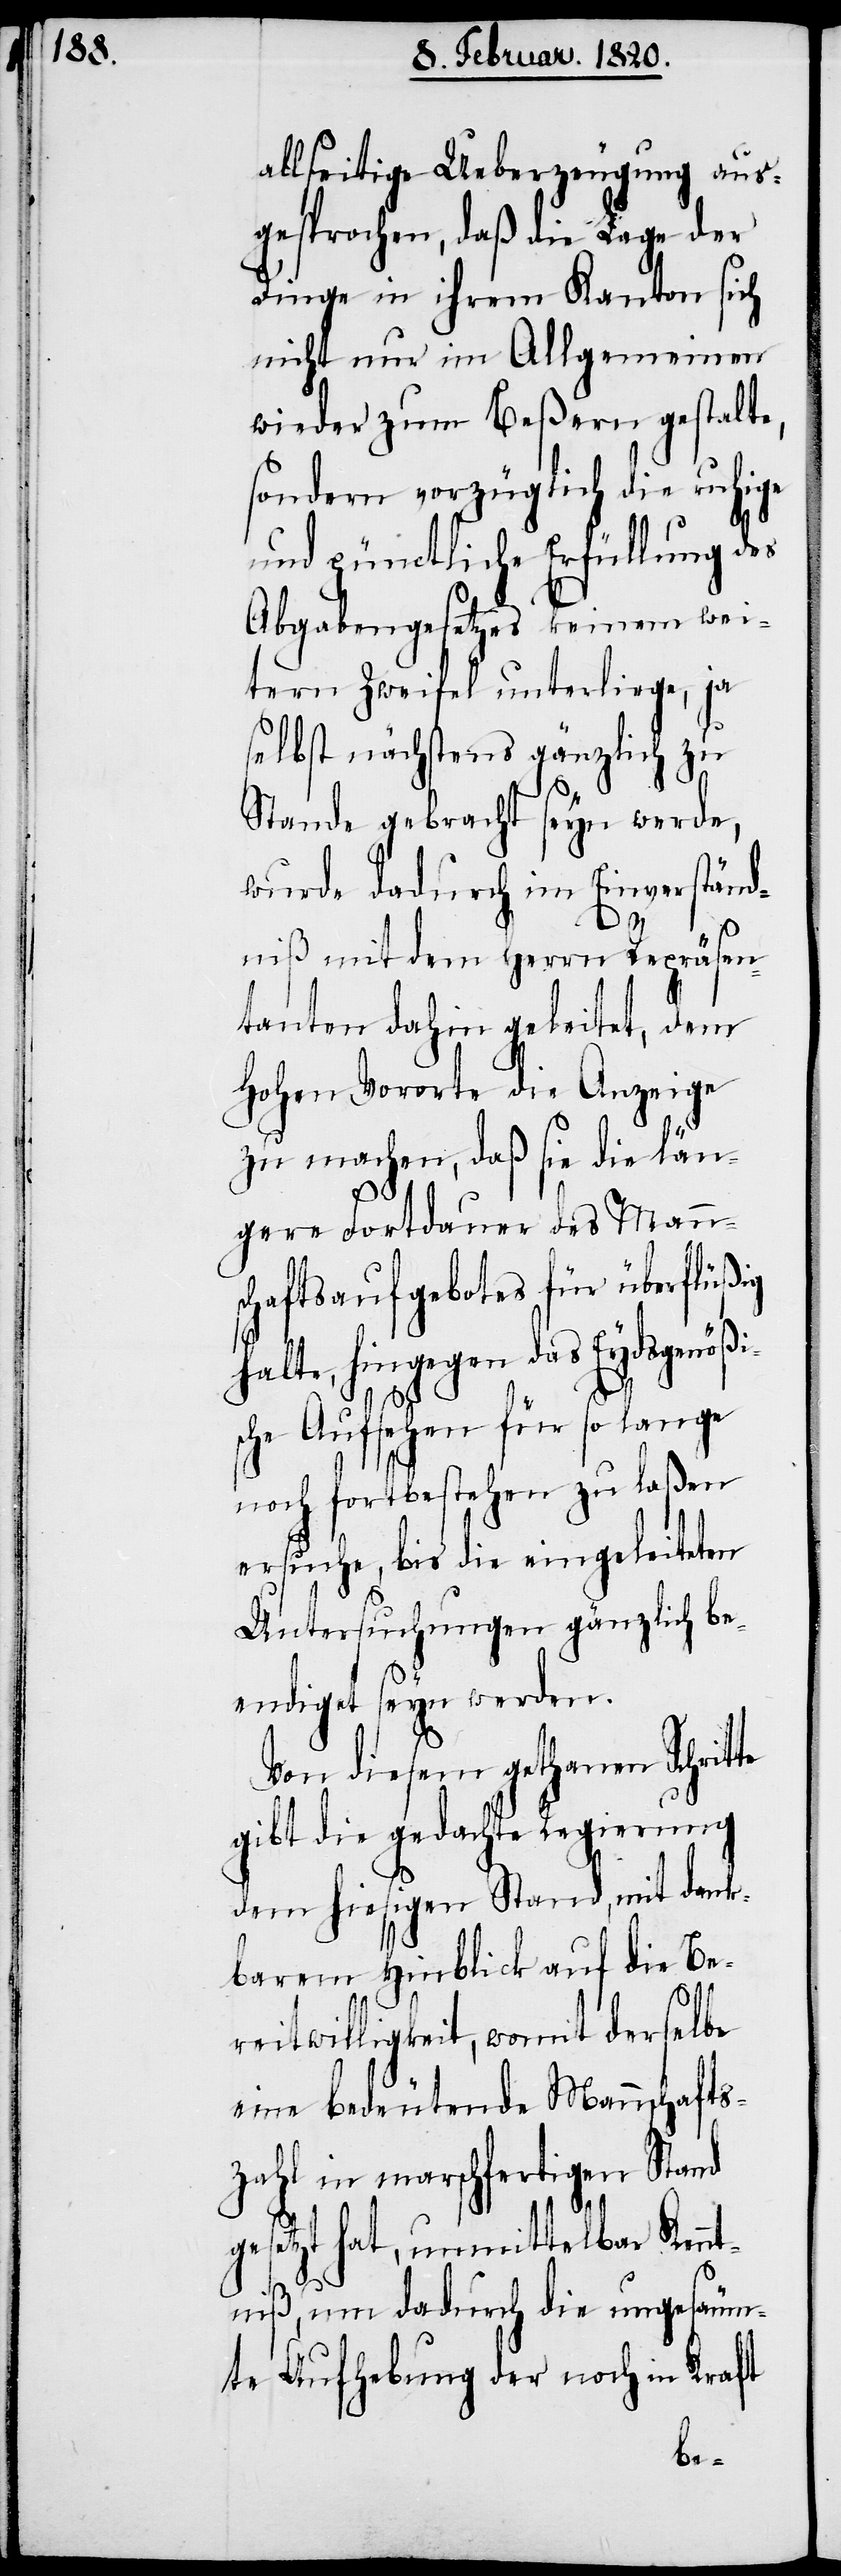
allseitige Ueberzeugung aus¬
gesprochen, daß die Lage der
Dinge in ihrem Kanton sich
nicht nur im Allgemeinen
wieder zum Beßern gestalte,
sondern vorzüglich die ruhige
und pünctliche Erfüllung des
Abgabengesetzes keinem wei¬
tern Zweifel unterliege, ja
selbst nächstens gänzlich zu
Stande gebracht seyn werde,
wurde dadurch im Einverständ¬
niß mit dem Herrn Repräsen¬
tanten dahin geleitet, dem
Hohen Vororte die Anzeige
zu machen, daß sie die län¬
gere Fortdauer des Mann¬
schaftsaufgebotes für überflüßig
halte, hingegen das Eydsgenöß¬
sche Aufsehen für so lange
noch fortbestehen zu laßen
ersuche, bis die eingeleiteten
Untersuchungen gänzlich be¬
endiget seyn werden.
Von diesem gethanen Schrit¬
gibt die gedachte Regierung
dem hiesigen Stand, mit dank¬
barem Hinblick auf die Be¬
reitwilligkeit, womit derselbe
eine bedeutende Mannschafts¬
zahl in marschfertigen Stand
gesetzt hat, unmittelbar Kennt¬
niß, um dadurch die ungesäum¬
te Aufhebung der noch in Kraft
te